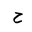
Letter: _ha